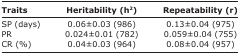
<table><thead><tr><td><b>Traits</b></td><td><b>Heritability (h<sup>2</sup>)</b></td><td><b>Repeatability (r)</b></td></tr></thead><tbody><tr><td>SP (days)</td><td>0.06±0.03 (986)</td><td>0.13±0.04 (975)</td></tr><tr><td>PR</td><td>0.024±0.01 (782)</td><td>0.059±0.04 (755)</td></tr><tr><td>CR (%)</td><td>0.04±0.03 (964)</td><td>0.08±0.04 (957)</td></tr></tbody></table>